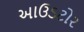
આઉડટોર